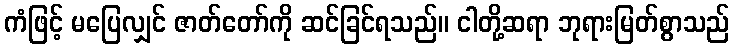
ကံဖြင့် မပြေလျှင် ဇာတ်တော်ကို ဆင်ခြင်ရသည်။ ငါတို့ဆရာ ဘုရားမြတ်စွာသည်